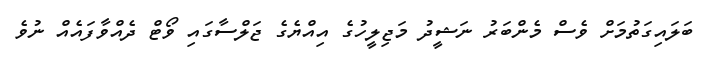
ބަލައިގަތުމަށް ވެސް މެންބަރު ނަޝީދު މަޖިލީހުގެ އިއްޔެގެ ޖަލްސާގައި ވޯޓް ދެއްވާފައެއް ނުވެ